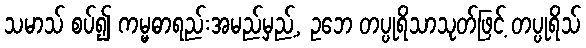
သမာသ် စပ်၍ ကမ္မဓာရည်းအမည်မှည့်, ဥဘေ တပ္ပုရိသာသုတ်ဖြင့် တပ္ပုရိသ်